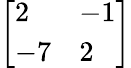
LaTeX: \left[{\begin{array}{ll}{2}&{-1}\\ {-7}&{2}\end{array}}\right]